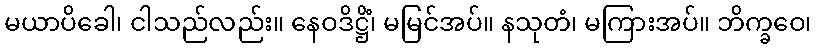
မယာပိခေါ၊ ငါသည်လည်း။ နေဝဒိဋ္ဌိံ၊ မမြင်အပ်။ နသုတံ၊ မကြားအပ်။ ဘိက္ခဝေ၊